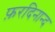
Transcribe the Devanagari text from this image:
फ़रदिनान्द